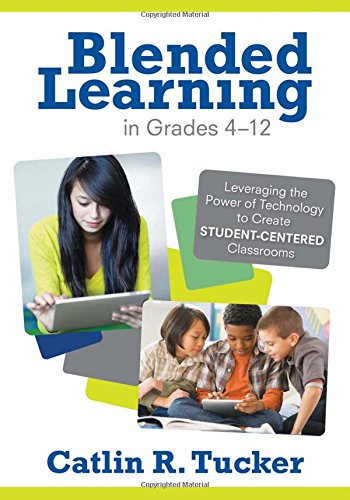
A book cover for Blended Learning in Grades 4-12: Leveraging the Power of Technology to Create Student-Centered Classrooms; Catlin R. (Rice) Tucker; Education & Teaching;